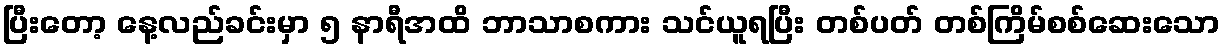
ပြီးတော့ နေ့လည်ခင်းမှာ ၅ နာရီအထိ ဘာသာစကား သင်ယူရပြီး တစ်ပတ် တစ်ကြိမ်စစ်ဆေးသော